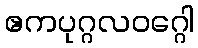
ဧကပုဂ္ဂလဝဂ္ဂေါ